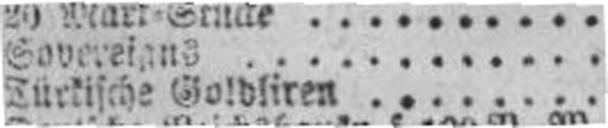
Türkische Goldliren